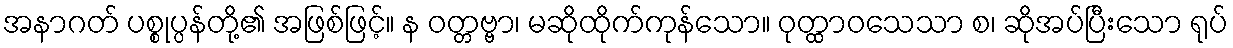
အနာဂတ် ပစ္စုပ္ပန်တို့၏ အဖြစ်ဖြင့်။ န ဝတ္တဗ္ဗာ၊ မဆိုထိုက်ကုန်သော။ ဝုတ္ထာဝသေသာ စ၊ ဆိုအပ်ပြီးသော ရုပ်